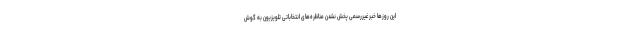
این روزها خبر غیررسمی پخش نشدن مناظره‌های انتخاباتی تلویزیون به گوش